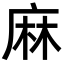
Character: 麻